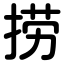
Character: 捞